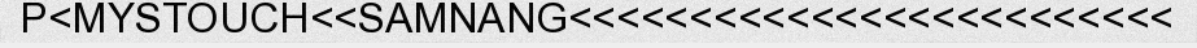
P<MYSTOUCH<<SAMNANG<<<<<<<<<<<<<<<<<<<<<<<<<